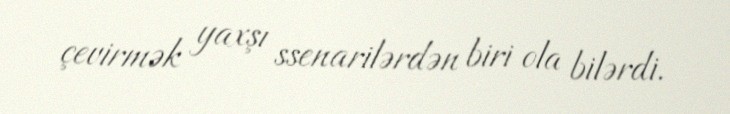
çevirmək yaxşı ssenarilərdən biri ola bilərdi.